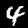
Digit: 4